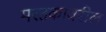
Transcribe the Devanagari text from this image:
मस्तकावरील